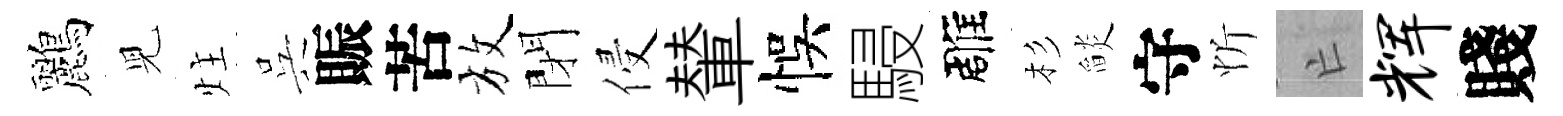
鸝児炷呉賑苦放閉侵輦悞駸雕杉𦦨守忻亡辉賤